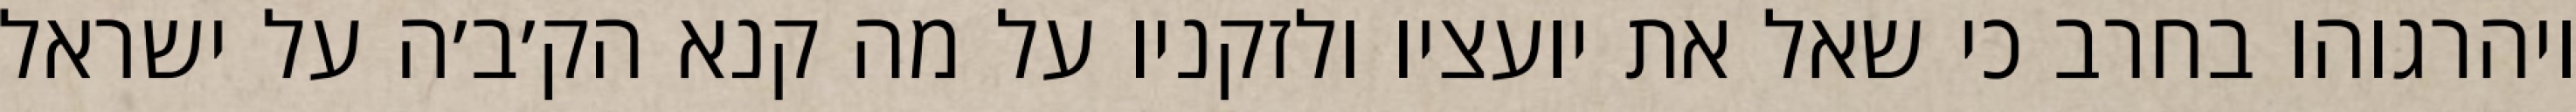
ויהרגוהו בחרב כי שאל את יועציו ולזקניו על מה קנא הק׳ב׳ה על ישראל